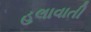
હલાવાતી